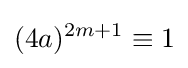
(4a)^{2m+1}\equiv 1